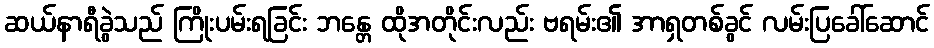
ဆယ်နာရီခွဲသည် ကြိုးပမ်းရခြင်း ဘန္တေ ထိုအတိုင်းလည်း ဗရမ်း၏ အာရှတစ်ခွင် လမ်းပြခေါ်ဆောင်